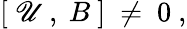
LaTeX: [\ \mathscr{U}\ ,\ B\ ]\ \ne\ 0\ ,